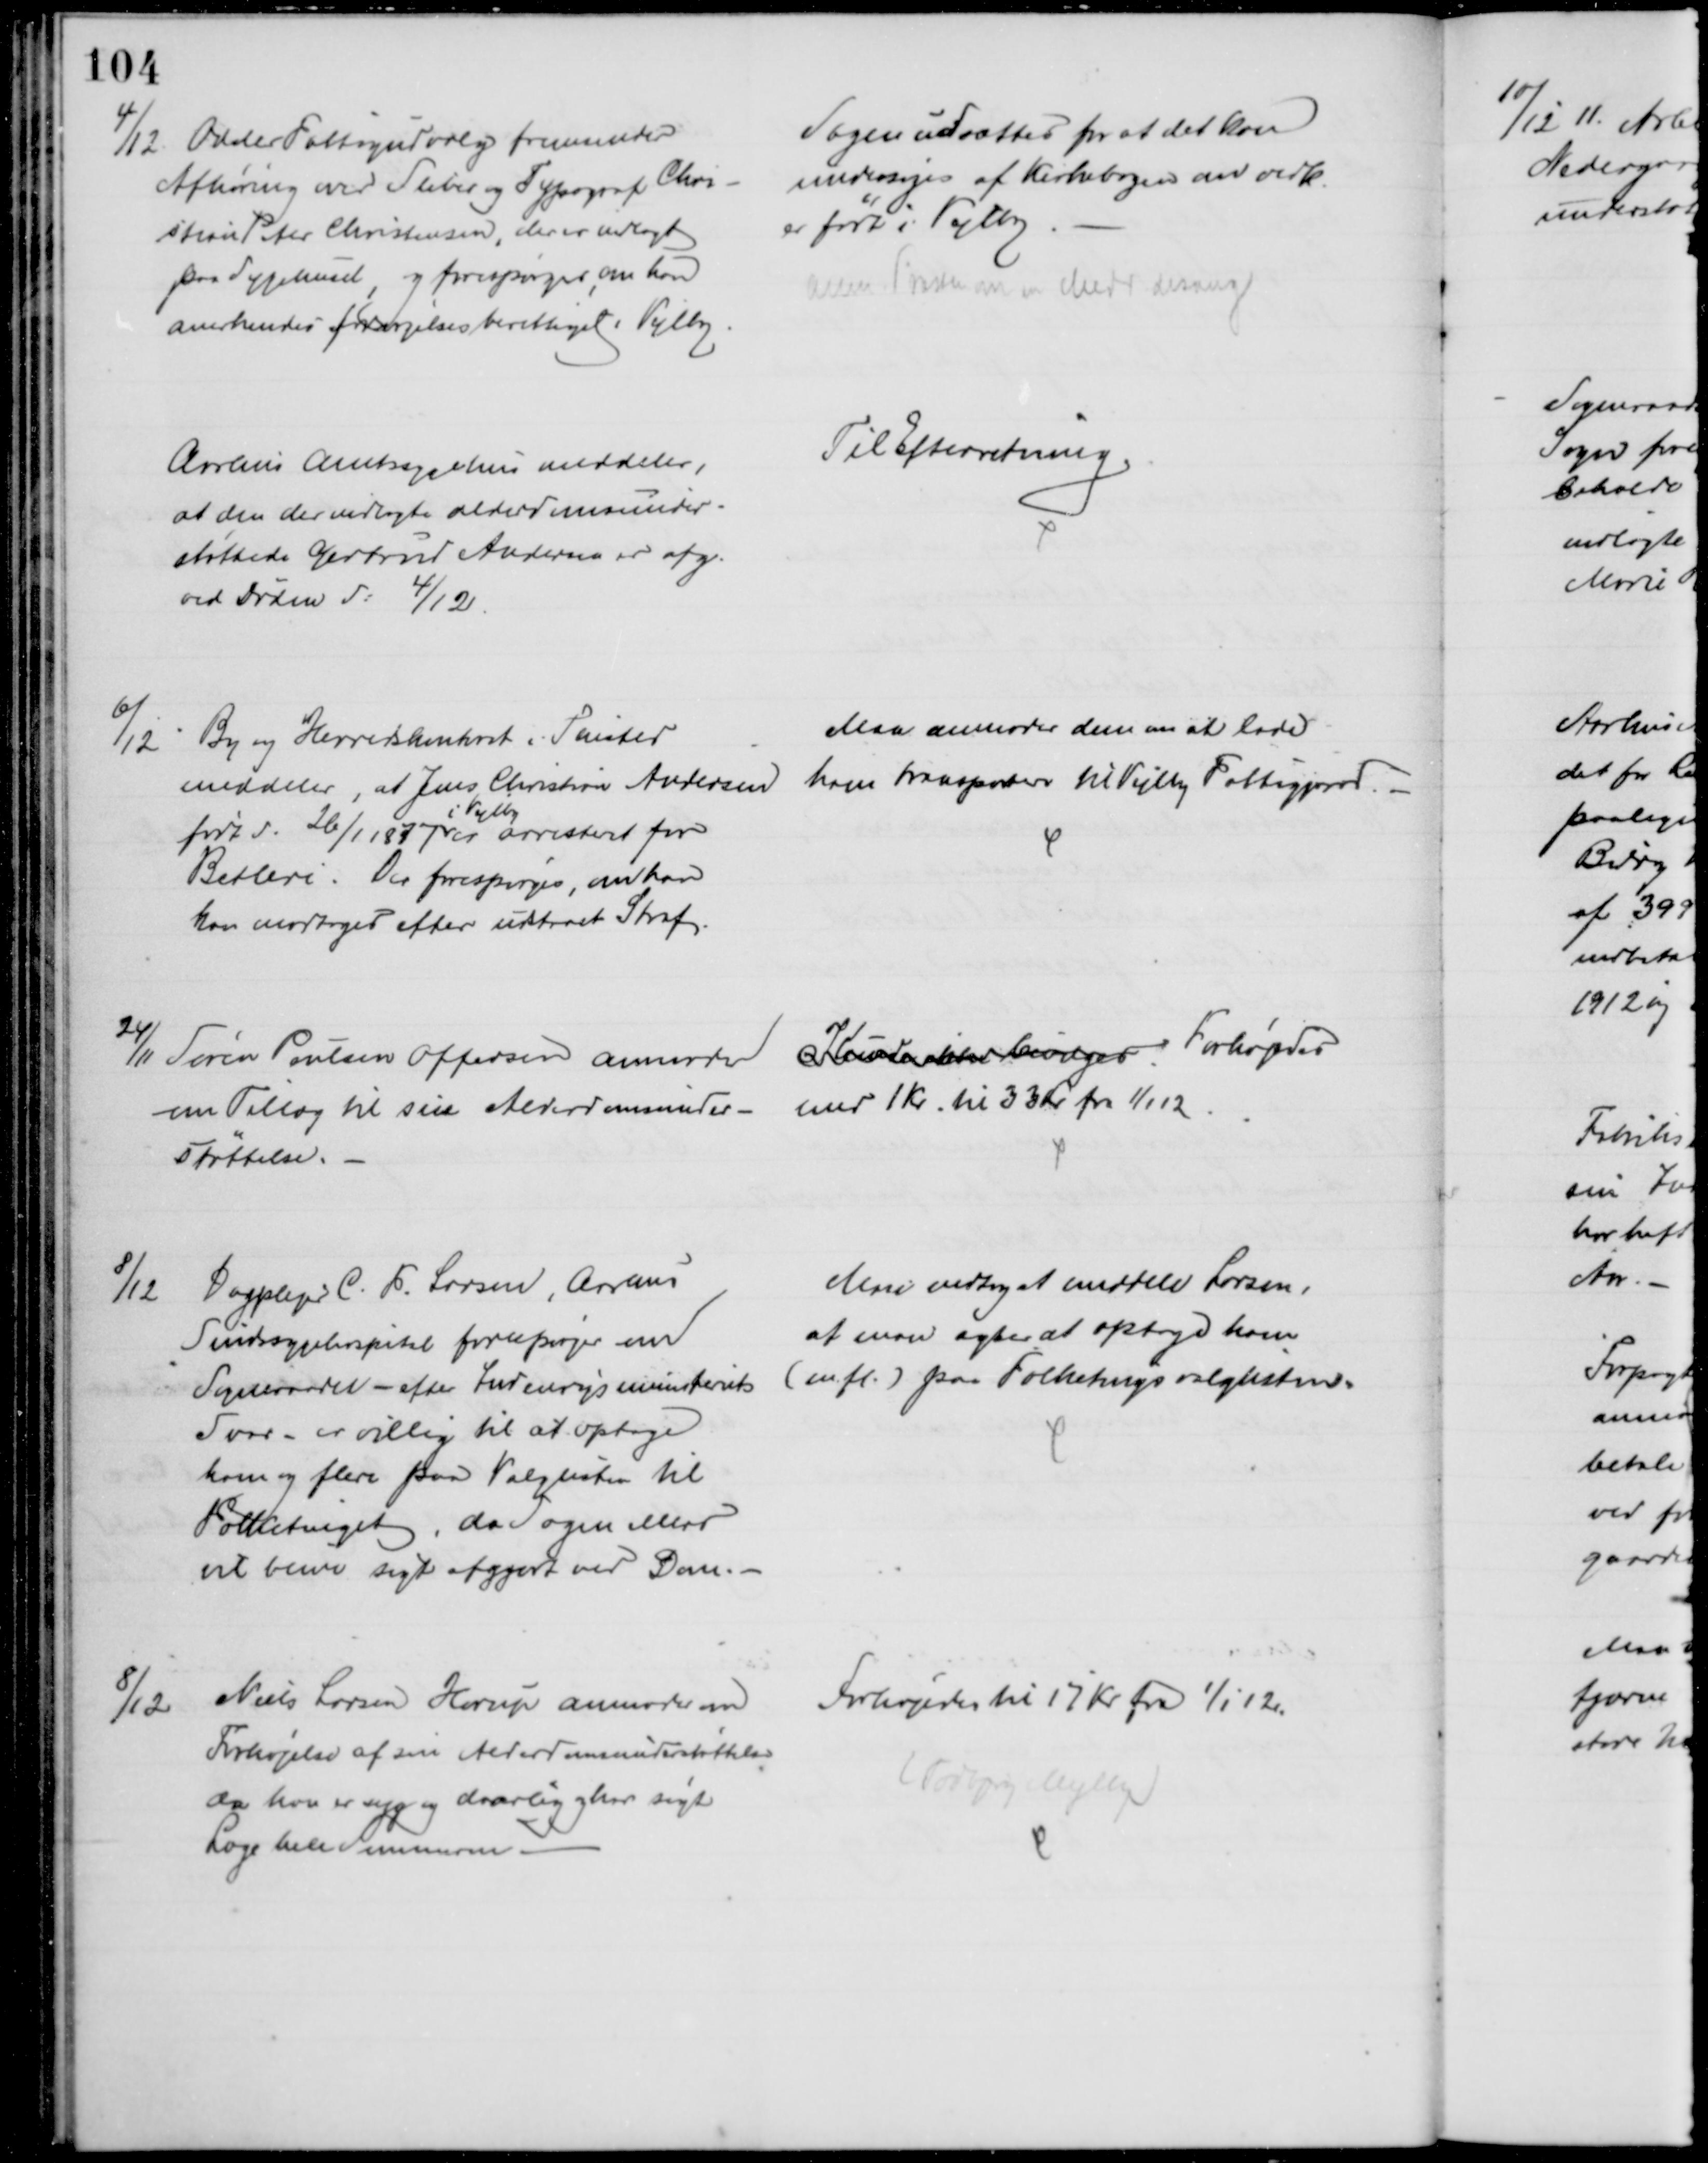
Transskription:
4/12. Odder Fattigudvalg fremsender
Afhøring over Sliber og Typograf Chri-
stian Peter Christensen, der er indlagt
paa Sygehuset, og forespørger, om han
anerkendes forsørgelsesberettiget i Vejlby
Sagen udsættes for at det kan
undersøges af Kirkebogen om vedk.
er født i Vejlby
anm. Præsten m en Medd desang
Aarhus Amtssygehus meddeler,
at den der indlagte alderdomsunder-
støttede Gertrud Andersen er afg.
ved Døden d: 4/12
Til Efterretning.
6/12
By og Herredskontoret i Thisted
meddeler, at Jens Christian Andersen
født d. 26/1 1877 
i Vejlby
er arresteret for
Betleri. Der forespørges, om han
kan modtages efter udstaaet Straf.
Man anmoder dem om at lade
ham transportere til Vejlby Fattiggaard.
24/11 Søren Poulsen Offersen anmoder
om Tillæg til sin Alderdomsunder-
støttelse.
Kunde ikke bevilges Forhøjedes
med 1 Kr. til 33 Kr. fra 1/1 12.
8/12
Dagplejer C. F. Larsen, Aarhus
Sindssygehospital forespørger om
Sogneraadet - efter Indenrigsministeriets
Svar - er villig til at optage
ham og flere paa Valglisten til
Folketinget, da Sagen ellers
vil blive søgt afgjort ved Dom.
Man vedtog at meddele Larsen,
at man agter at optage ham
(m. fl.) paa Folketingsvalglisten.
8/12
Niels Larsen Horup anmoder om
Forhøjelse af sin Alderdomsunderstøttelse
da han er syg og daarlig og har søgt
Læge hele Sommeren
Forhøjedes til 17 Kr. fra 1/1 12.
(Todbjerg Mejlby)